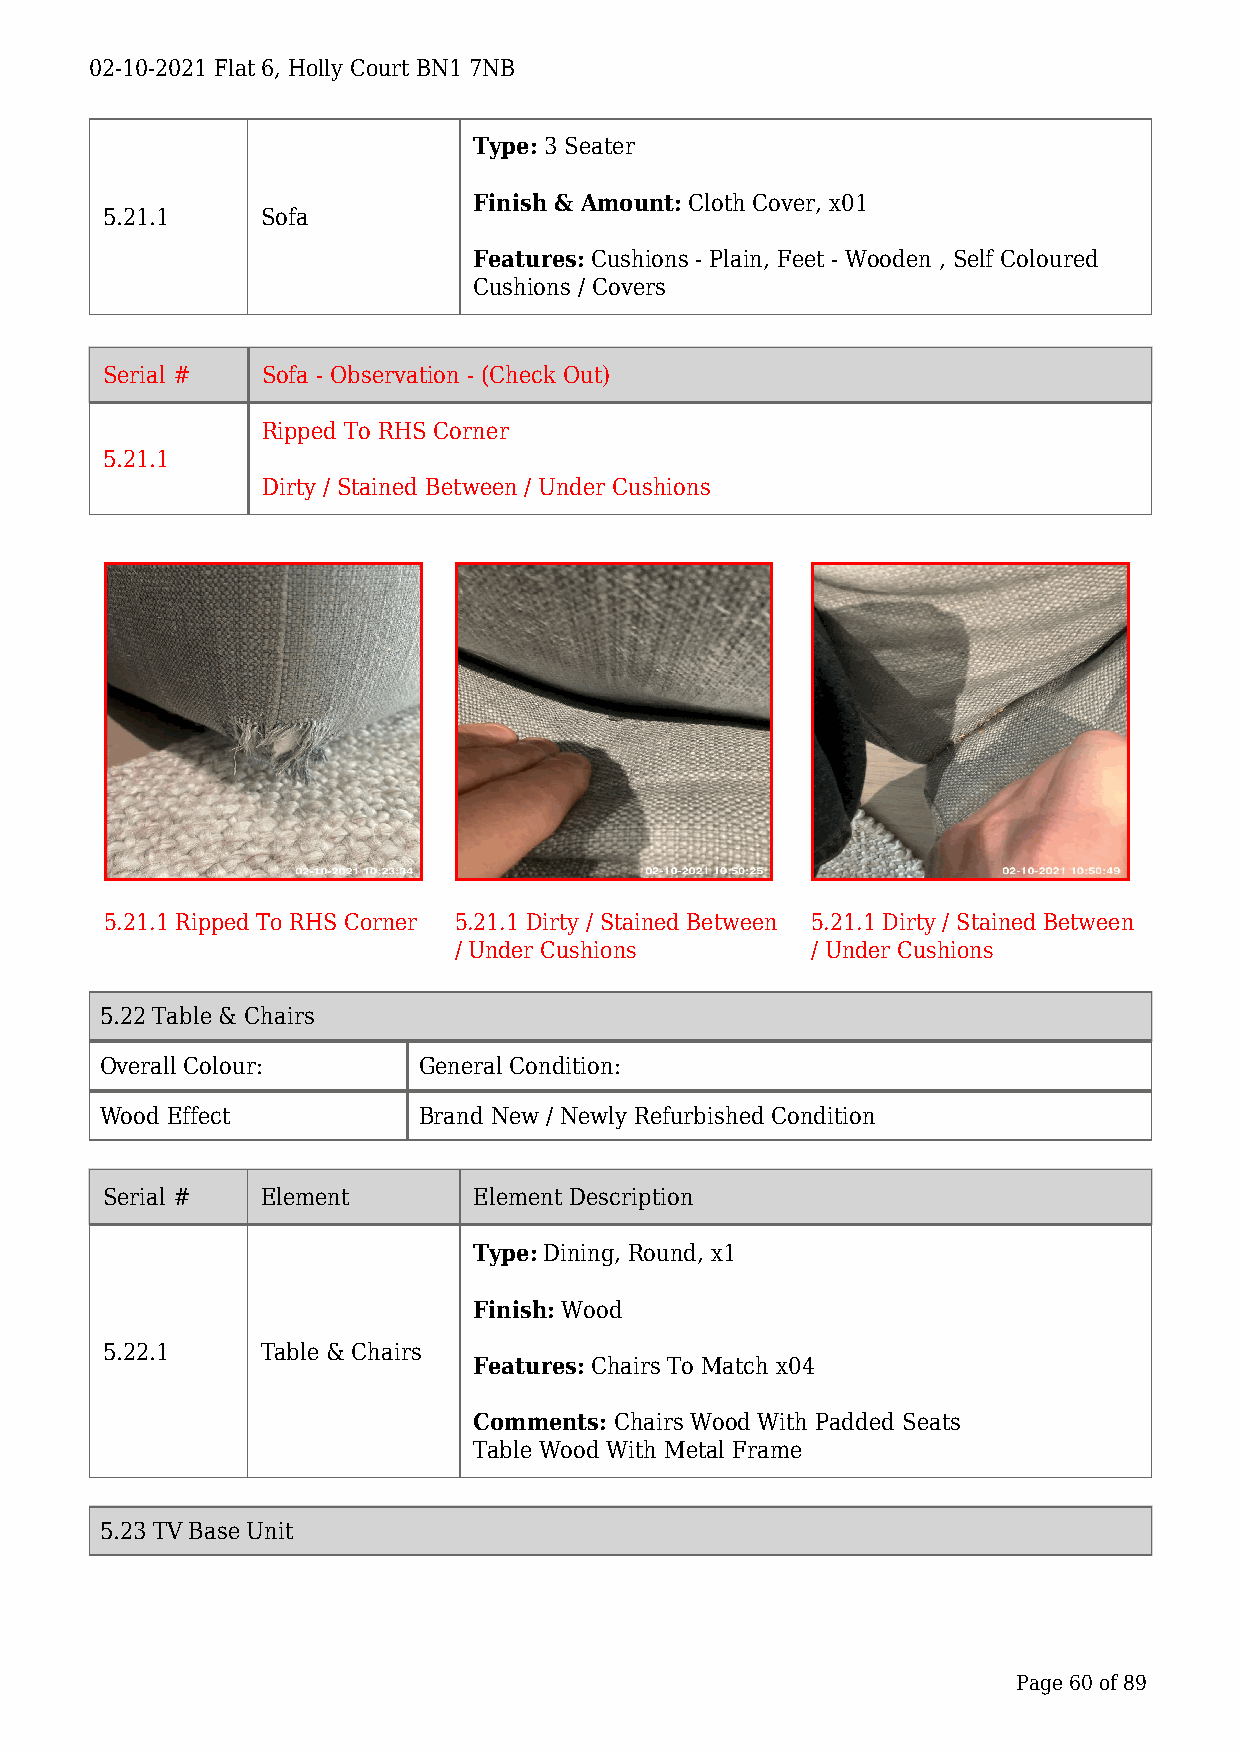
02-10-2021 Flat 6, Holly Court BN1 7NB
 Type: 3 Seater
 Finish & Amount: Cloth Cover, x01
 5.21.1    Sofa
 Features: Cushions - Plain, Feet - Wooden , Self Coloured
 Cushions / Covers
 Serial #  Sofa - Observation - (Check Out)
 Ripped To RHS Corner
 5.21.1
 Dirty / Stained Between / Under Cushions
 5.21.1 Ripped To RHS Corner 5.21.1 Dirty / Stained Between 5.21.1 Dirty / Stained Between
 / Under Cushions        / Under Cushions
 5.22 Table & Chairs
 Overall Colour:      General Condition:
 Wood Effect          Brand New / Newly Refurbished Condition
 Serial #  Element       Element Description
 Type: Dining, Round, x1
 Finish: Wood
 5.22.1    Table & Chairs
 Features: Chairs To Match x04
 Comments: Chairs Wood With Padded Seats
 Table Wood With Metal Frame
 5.23 TV Base Unit
 Page 60 of 89